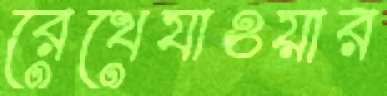
রেখেযাওয়ার